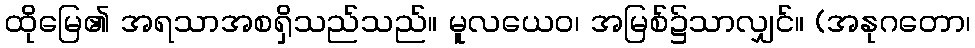
ထိုမြေ၏ အရသာအစရှိသည်သည်။ မူလယေဝ၊ အမြစ်၌သာလျှင်။ (အနုဂတော၊